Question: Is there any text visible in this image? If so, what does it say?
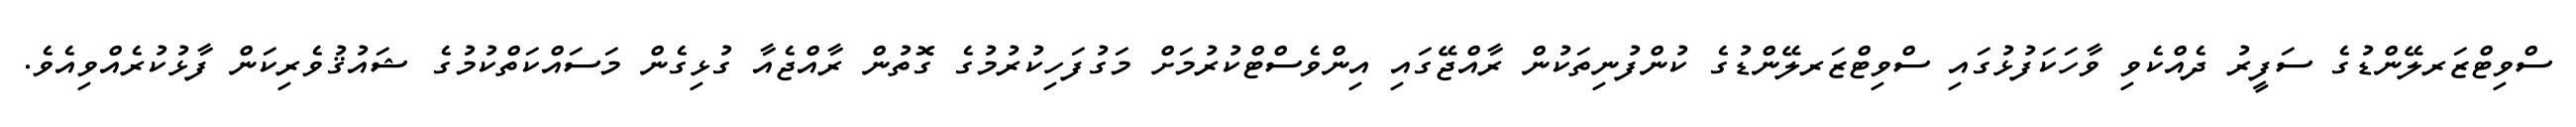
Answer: ސްވިޓްޒަރލޭންޑުގެ ސަފީރު ދެއްކެވި ވާހަކަފުޅުގައި ސްވިޓްޒަރލޭންޑުގެ ކުންފުނިތަކުން ރާއްޖޭގައި އިންވެސްޓްކުރުމަށް މަގުފަހިކުރުމުގެ ގޮތުން ރާއްޖެއާ ގުޅިގެން މަސައްކަތްކުމުގެ ޝައުޤުވެރިކަން ފާޅުކުރެއްވިއެވެ.